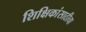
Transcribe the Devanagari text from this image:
शिक्षिकांसाठीचा